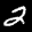
Label: 2